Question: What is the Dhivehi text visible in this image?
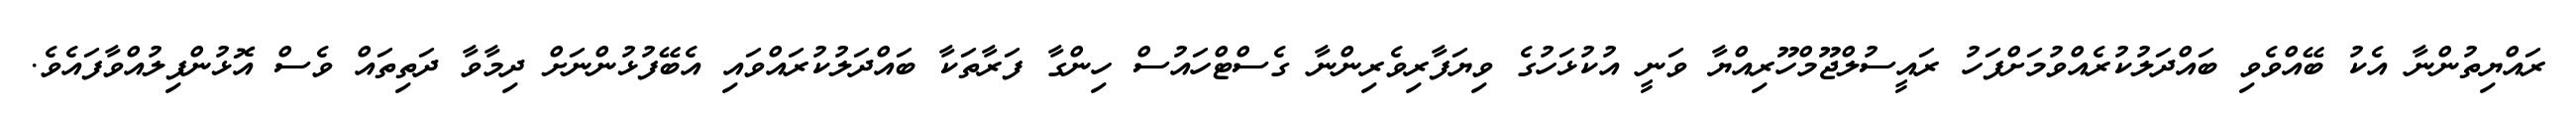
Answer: ރައްޔިތުންނާ އެކު ބޭއްވެވި ބައްދަލުކުރެއްވުމަށްފަހު ރައީސުލްޖޫމްހޫރިއްޔާ ވަނީ އުކުޅަހުގެ ވިޔަފާރިވެރިންނާ ގެސްޓްހައުސް ހިންގާ ފަރާތަކާ ބައްދަލުކުރައްވައި އެބޭފުޅުންނަށް ދިމާވާ ދަތިތައް ވެސް އޮޅުންފިލުއްވާފައެވެ.